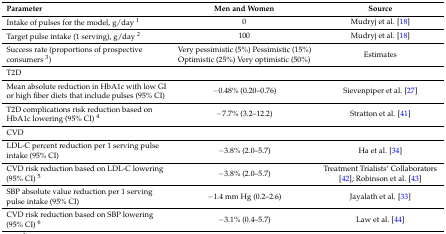
<table><thead><tr><td><b>Parameter</b></td><td><b>Men and Women</b></td><td><b>Source</b></td></tr></thead><tbody><tr><td>Intake of pulses for the model, g/day <sup>1</sup></td><td>0</td><td>Mudryj et al. [18]</td></tr><tr><td>Target pulse intake (1 serving), g/day <sup>2</sup></td><td>100</td><td>Mudryj et al. [18]</td></tr><tr><td>Success rate (proportions of prospective consumers <sup>3</sup>)</td><td>Very pessimistic (5%) Pessimistic (15%) Optimistic (25%) Very optimistic (50%)</td><td>Estimates</td></tr><tr><td colspan="3">T2D</td></tr><tr><td>Mean absolute reduction in HbA1c with low GI or high fiber diets that include pulses (95% CI)</td><td>−0.48% (0.20–0.76)</td><td>Sievenpiper et al. [27]</td></tr><tr><td>T2D complications risk reduction based on HbA1c lowering (95% CI) <sup>4</sup></td><td>−7.7% (3.2–12.2)</td><td>Stratton et al. [41]</td></tr><tr><td colspan="3">CVD</td></tr><tr><td>LDL-C percent reduction per 1 serving pulse intake (95% CI)</td><td>−3.8% (2.0–5.7)</td><td>Ha et al. [34]</td></tr><tr><td>CVD risk reduction based on LDL-C lowering (95% CI) <sup>5</sup></td><td>−3.8% (2.0–5.7)</td><td>Treatment Trialists‘ Collaborators [42]; Robinson et al. [43]</td></tr><tr><td>SBP absolute value reduction per 1 serving pulse intake (95% CI)</td><td>−1.4 mm Hg (0.2–2.6)</td><td>Jayalath et al. [33]</td></tr><tr><td>CVD risk reduction based on SBP lowering (95% CI) <sup>6</sup></td><td>−3.1% (0.4–5.7)</td><td>Law et al. [44]</td></tr></tbody></table>